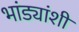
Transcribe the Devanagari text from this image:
भांड्यांशी